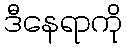
ဒီနေရာကို